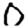
Digit: 0